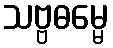
သဗ္ဗဓမ္မေ